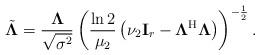
LaTeX: \begin{align*}\Tilde{\boldsymbol{\Lambda}}= \frac{\boldsymbol{\Lambda}}{\sqrt{\sigma^{2}}}\left(\frac{\ln2}{\mu_2}\left(\nu_2\mathbf{I}_{r}-\boldsymbol{\Lambda}^{\rm H}\boldsymbol{\Lambda}\right)\right)^{-\frac{1}{2}}.\end{align*}